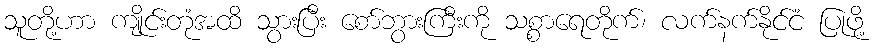
သူတို့ဟာ ကျိုင်းတုံအထိ သွားပြီး စော်ဘွားကြီးကို သစ္စာရေတိုက်၊ လက်နက်နိုင်ငံ ပြုဖို့